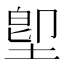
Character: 堲